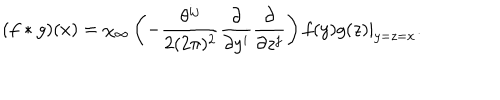
( f \ast g ) ( x ) = \chi _ { \infty } \left( - \frac { \theta ^ { i j } } { 2 ( 2 \pi ) ^ { 2 } } \frac { \partial } { \partial y ^ { i } } \frac { \partial } { \partial z ^ { j } } \right) f ( y ) g ( z ) | _ { y = z = x } .